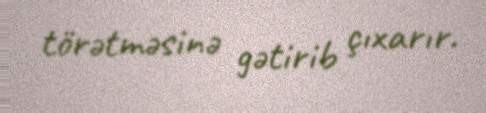
törətməsinə gətirib çıxarır.